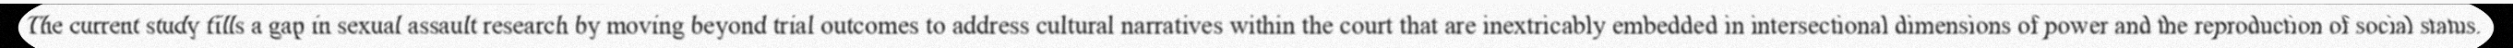
The current study fills a gap in sexual assault research by moving beyond trial outcomes to address cultural narratives within the court that are inextricably embedded in intersectional dimensions of power and the reproduction of social status.